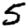
Digit: 5